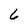
Character: 6